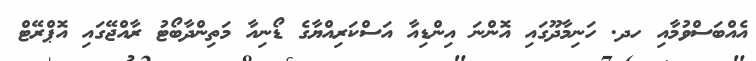
އެއްބަސްވުމާއި ހދ. ހަނިމާދޫގައި އޮންނަ އިންޑިއާ އަސްކަރިއްޔާގެ ޑޯނިއާ މަތިންދާބޯޓު ރާއްޖޭގައި އޮޕްރޭޓް